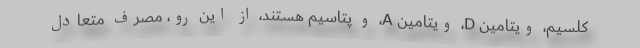
کلسیم، ویتامین D، ویتامین A، و پتاسیم هستند، از این رو، مصرف متعادل